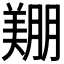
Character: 𦎿